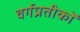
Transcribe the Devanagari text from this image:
वर्गप्रतीकों